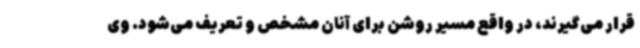
قرار می‌گیرند، در واقع مسیر روشن برای آنان مشخص و تعریف می‌شود. وی